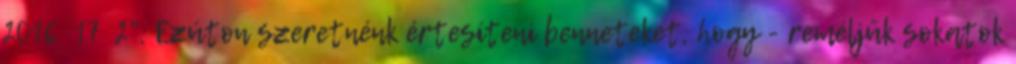
2016 17 2". Ezúton szeretnénk értesíteni benneteket, hogy - reméljük sokatok